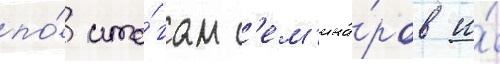
по́ ито́гам с'ем'ина́ров и́